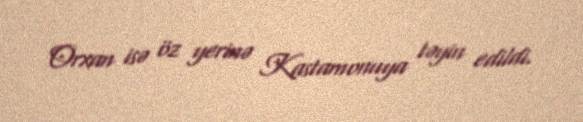
Orxan isə öz yerinə Kastamonuya təyin edildi.